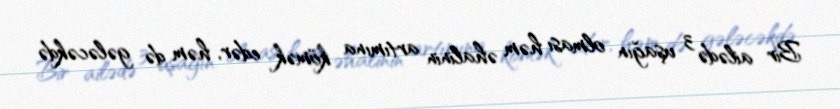
Bir ailədə 3 uşağın olması həm əhalinin artımına kömək edər, həm də gələcəkdə